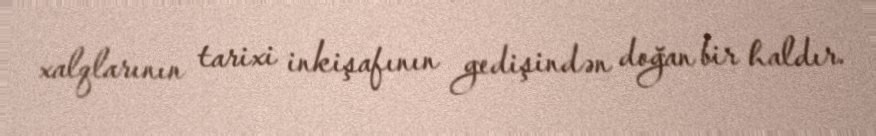
xalqlarının tarixi inkişafının gedişindən doğan bir haldır.